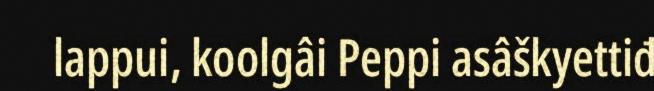
lappui, koolgâi Peppi asâškyettiđ